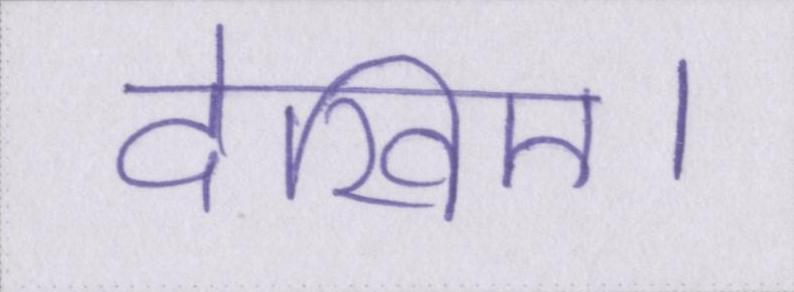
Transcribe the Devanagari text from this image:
देखिए।